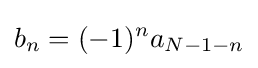
b_{n}=(-1)^{n}a_{N-1-n}